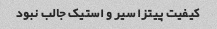
کیفیت پیتزا سیر و استیک‌ جالب نبود